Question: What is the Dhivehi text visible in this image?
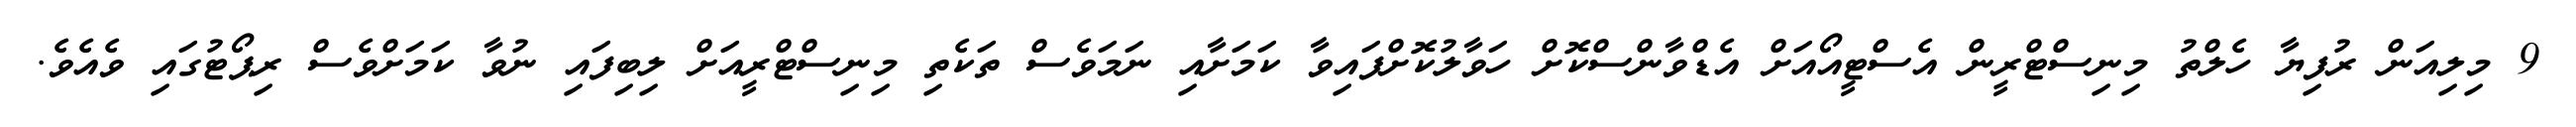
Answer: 9 މިލިއަން ރުފިޔާ ހެލްތު މިނިސްޓްރީން އެސްޓީއޯއަށް އެޑްވާންސްކޮށް ހަވާލުކޮށްފައިވާ ކަމަށާއި ނަމަވެސް ތަކެތި މިނިސްޓްރީއަށް ލިބިފައި ނުވާ ކަމަށްވެސް ރިޕޯޓުގައި ވެއެވެ.